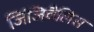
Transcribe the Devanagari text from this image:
जिंजिवैलिस